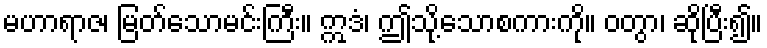
မဟာရာဇ၊ မြတ်သောမင်းကြီး။ ဣဒံ၊ ဤသို့သောစကားကို။ ဝတွာ၊ ဆိုပြီး၍။